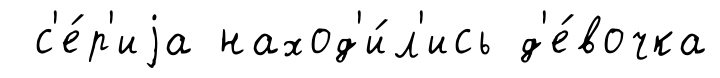
с'е́р'иjа наход'и́л'ись д'е́вочка